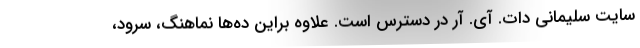
سایت سلیمانی دات. آی. آر در دسترس است. علاوه براین ده‌ها نماهنگ، سرود،